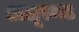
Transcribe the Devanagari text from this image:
अलूरमठ